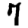
Digit: 7